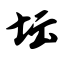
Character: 坛